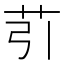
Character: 䒡